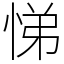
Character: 悌